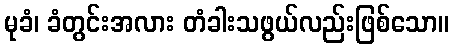
မုခံ၊ ခံတွင်းအလား တံခါးသဖွယ်လည်းဖြစ်သော။